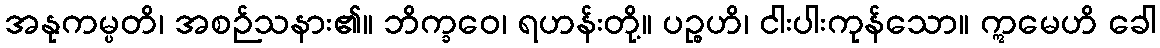
အနုကမ္ပတိ၊ အစဉ်သနား၏။ ဘိက္ခဝေ၊ ရဟန်းတို့။ ပဉ္စဟိ၊ ငါးပါးကုန်သော။ ဣမေဟိ ခေါ